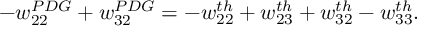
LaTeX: - w _ { 2 2 } ^ { P D G } + w _ { 3 2 } ^ { P D G } = - w _ { 2 2 } ^ { t h } + w _ { 2 3 } ^ { t h } + w _ { 3 2 } ^ { t h } - w _ { 3 3 } ^ { t h } .